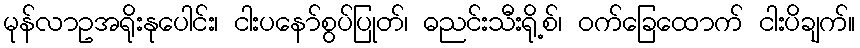
မုန်လာဥအရိုးနုပေါင်း၊ ငါးပနော်စွပ်ပြုတ်၊ ဓညင်းသီးရို့စ်၊ ဝက်ခြေထောက် ငါးပိချက်။